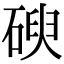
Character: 𥔢